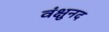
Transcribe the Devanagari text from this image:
वंक्षुनद